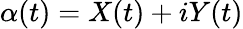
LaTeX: \alpha(t)=X(t)+iY(t)